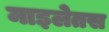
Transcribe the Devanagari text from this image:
माइलेतस